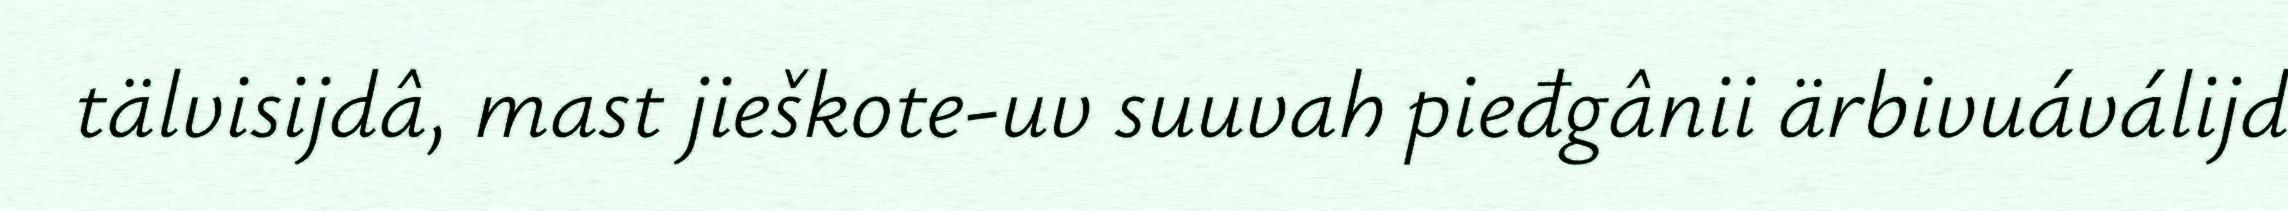
tälvisijdâ, mast jieškote-uv suuvah pieđgânii ärbivuáválijd